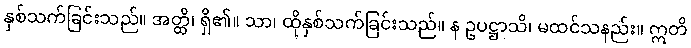
နှစ်သက်ခြင်းသည်။ အတ္ထိ၊ ရှိ၏။ သာ၊ ထိုနှစ်သက်ခြင်းသည်။ န ဥပဋ္ဌာသိ၊ မထင်သနည်း။ ဣတိ